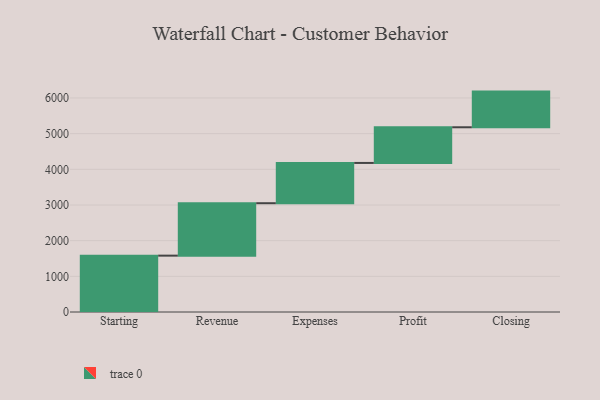
{"axis": {"x": "Step", "y": "Value"}, "legend": [""], "data": [{"x": "Starting", "y": 1580.0, "type": ""}, {"x": "Revenue", "y": 1470.0, "type": ""}, {"x": "Expenses", "y": 1129.0, "type": ""}, {"x": "Profit", "y": 1000, "type": ""}, {"x": "Closing", "y": 1000, "type": ""}]}